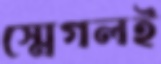
স্মেগলই